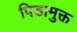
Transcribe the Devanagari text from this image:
पिडामुक्त